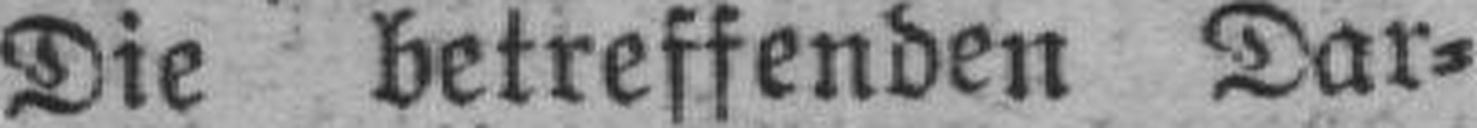
Die betreffenden Dar¬